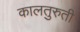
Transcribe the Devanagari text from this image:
कालतुरुती